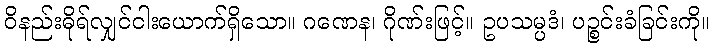
ဝိနည်းဓိုရ်လျှင်ငါးယောက်ရှိသော။ ဂဏေန၊ ဂိုဏ်းဖြင့်။ ဥပသမ္ပဒံ၊ ပဉ္စင်းခံခြင်းကို။